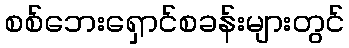
စစ်ဘေးရှောင်စခန်းများတွင်